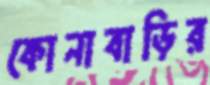
কোনাবাড়ির